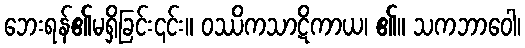
ဘေးရန်၏မရှိခြင်း၎င်း။ ဝဿိကသာဋိကာယ၊ ၏။ သကဘာဝေါ၊